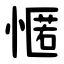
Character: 㥾